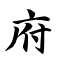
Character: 府